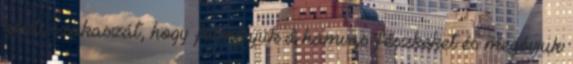
közti szakaszát, hogy felmérjük a hamvas fészkeket és megóvjuk